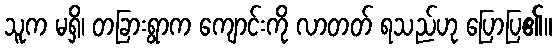
သူက မရှိ၊ တခြားရွာက ကျောင်းကို လာတတ် ရသည်ဟု ပြောပြ၏။